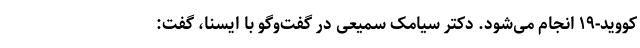
کووید-۱۹ انجام می‌شود. دکتر سیامک سمیعی در گفت‌وگو با ایسنا، گفت: